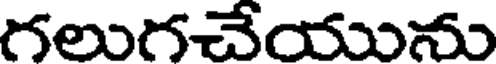
గలుగచేయును